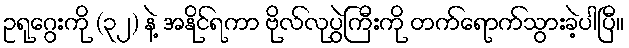
ဥရုဂွေးကို (၃၂) နဲ့ အနိုင်ရကာ ဗိုလ်လုပွဲကြီးကို တက်ရောက်သွားခဲ့ပါပြီ။